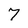
Character: 7